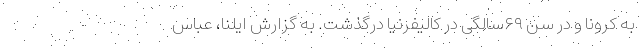
به کرونا و در سن ۶۹سالگی در کالیفرنیا درگذشت. به گزارش ایلنا، عباس